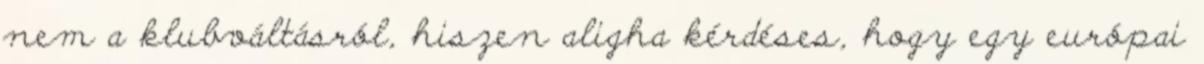
nem a klubváltásról, hiszen aligha kérdéses, hogy egy európai